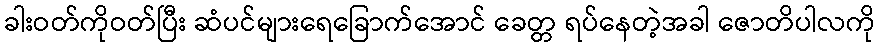
ခါးဝတ်ကိုဝတ်ပြီး ဆံပင်များရေခြောက်အောင် ခေတ္တ ရပ်နေတဲ့အခါ ဇောတိပါလကို